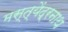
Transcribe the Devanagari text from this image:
मस्त्येंद्रनाथ